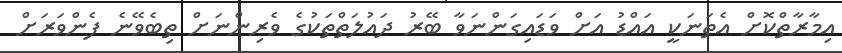
އިމާރާތްކޮށް އެތަނަކީ އައްޑު އަށް ވަޑައިގަންނަވާ ބޭރު ދައުލަތްތަކުގެ ވެރިންނަށް ތިބެވޭނެ ފެންވަރަށް